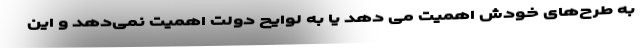
به طرح‌های خودش اهمیت می دهد یا به لوایح دولت اهمیت نمی‌دهد و این